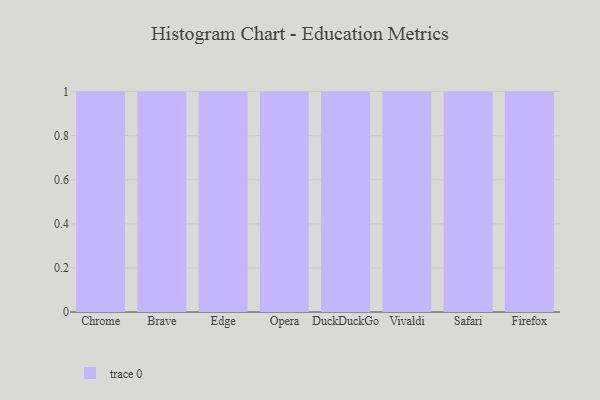
{"axis": {"x": "Browser", "y": "Demand Index"}, "legend": [""], "data": [{"x": "Chrome", "y": 34, "type": ""}, {"x": "Brave", "y": 17, "type": ""}, {"x": "Edge", "y": 58, "type": ""}, {"x": "Opera", "y": 87, "type": ""}, {"x": "DuckDuckGo", "y": 69, "type": ""}, {"x": "Vivaldi", "y": 83, "type": ""}, {"x": "Safari", "y": 10, "type": ""}, {"x": "Firefox", "y": 34, "type": ""}]}